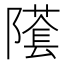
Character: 𨼲